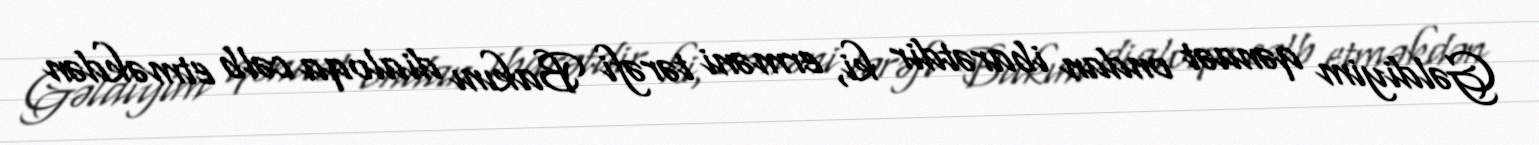
Gəldiyim qənaət ondan ibarətdir ki, erməni tərəfi Bakını dialoqa cəlb etməkdən